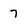
Character: 7